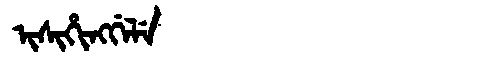
Manchu: ᡳᠰᡳᡥᡳᠩᡤᡝᠯᡝ
Romanization: ISIHINGGELE